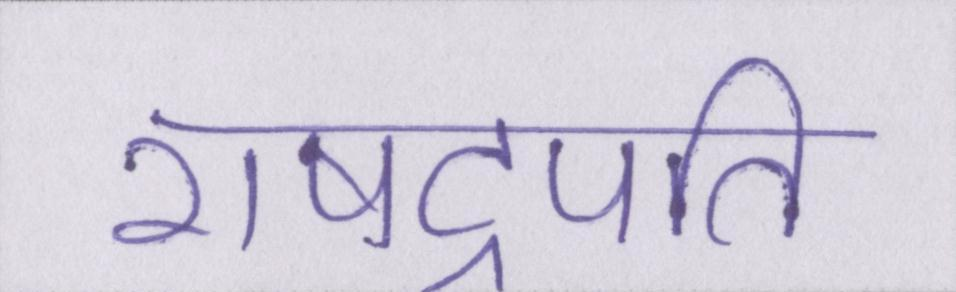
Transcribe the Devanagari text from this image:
राषट्रपति